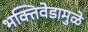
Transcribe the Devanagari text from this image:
भक्तिवेडामुळे